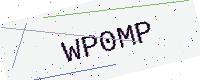
Text: WP0MP